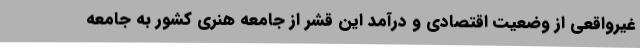
غیرواقعی از وضعیت اقتصادی و درآمد این قشر از جامعه هنری کشور به جامعه